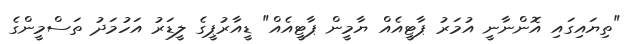
"ތިޔައިގައި އޮންނާނީ އުމަރު ޕާޓީއެއް ޔާމީން ޕާޓީއެއް" ޑީއާރުޕީގެ ލީޑަރު އަހުމަދު ތަސްމީންގެ